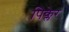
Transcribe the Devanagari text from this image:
पिक्लेर